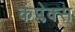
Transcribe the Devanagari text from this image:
कंप्लेक्स